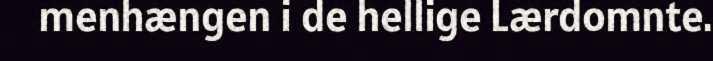
menhængen i de hellige Lærdomnte.